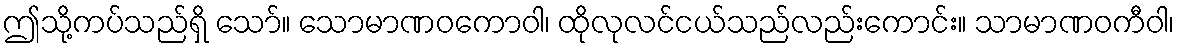
ဤသို့ကပ်သည်ရှိ သော်။ သောမာဏဝကောဝါ၊ ထိုလုလင်ငယ်သည်လည်းကောင်း။ သာမာဏဝကီဝါ၊